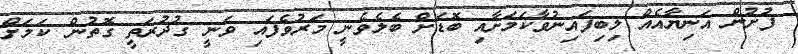
ފުށުން އަނިޔާއެއް ލިބިފައިނުވާކަމަށާއި ބޮޑަށް ބެލެވެނީ މަރުވެފައި ވަނީ ގުދުރަތީ ގޮތުން ކަމަށް